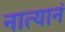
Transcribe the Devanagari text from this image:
नात्यानं